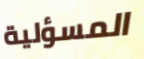
المسؤلية